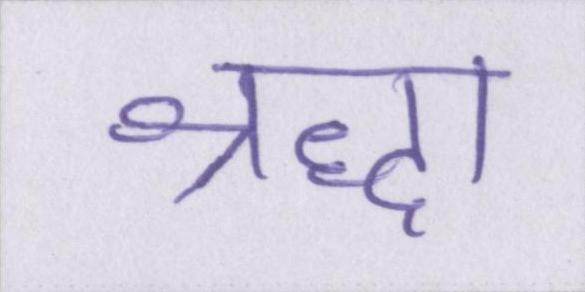
श्रद्धा